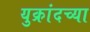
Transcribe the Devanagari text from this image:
युक्रांदच्या